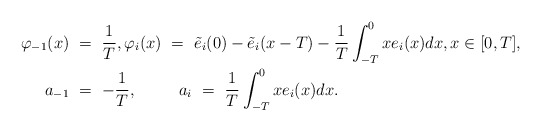
\begin{align*}\varphi_{-1}(x) \ &= \ \frac{1}{T}, \varphi_i(x) \ = \ \tilde e_i(0)-\tilde e_i(x-T)- \frac{1}{T}\int_{-T}^0 xe_i(x)dx, x\in[0,T], \\a_{-1} \ &= \ -\frac{1}{T}, \qquad\;\; a_i \ = \ \frac{1}{T}\int_{-T}^0 xe_i(x)dx.\end{align*}